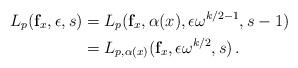
LaTeX: \begin{align*} L_{p}(\mathbf{f}_x,\epsilon,s)&=L_{p}(\mathbf{f}_x,\alpha(x),\epsilon\omega^{k/2-1},{s-1})\\&=L_{p,\alpha(x)}(\mathbf{f}_x,\epsilon\omega^{k/2},{s})\,.\end{align*}